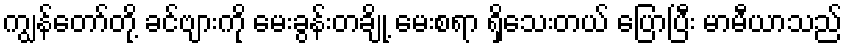
ကျွန်တော်တို့ ခင်ဗျားကို မေးခွန်းတချို့ မေးစရာ ရှိသေးတယ် ပြောပြီး မာမီယာသည်